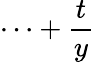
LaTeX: \cdots+\frac{t}{y}